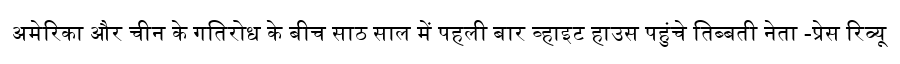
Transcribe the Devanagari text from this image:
अमेरिका और चीन के गतिरोध के बीच साठ साल में पहली बार व्हाइट हाउस पहुंचे तिब्बती नेता -प्रेस रिव्यू